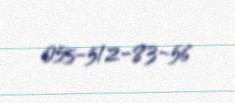
055-512-83-56